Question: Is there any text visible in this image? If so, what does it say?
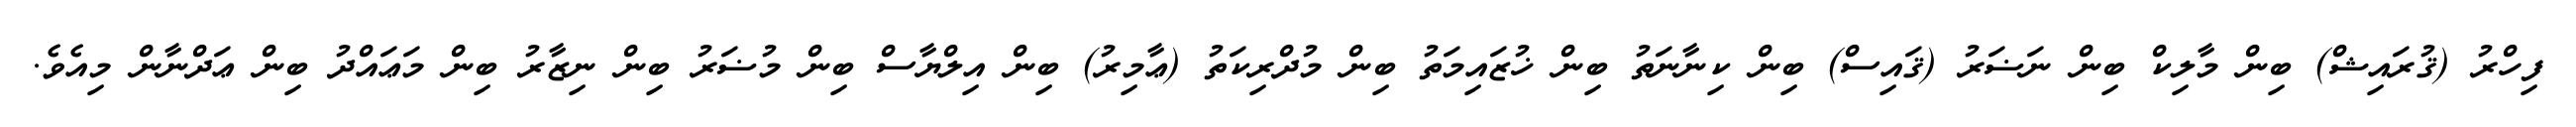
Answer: ފިހްރު (ޤުރައިޝް) ބިން މާލިކް ބިން ނަޟަރު (ޤައިސް) ބިން ކިނާނަތު ބިން ޚުޒައިމަތު ބިން މުދްރިކަތު (ޢާމިރު) ބިން އިލްޔާސް ބިން މުޟަރު ބިން ނިޒާރު ބިން މަޢައްދު ބިން ޢަދްނާން މިއެވެ.